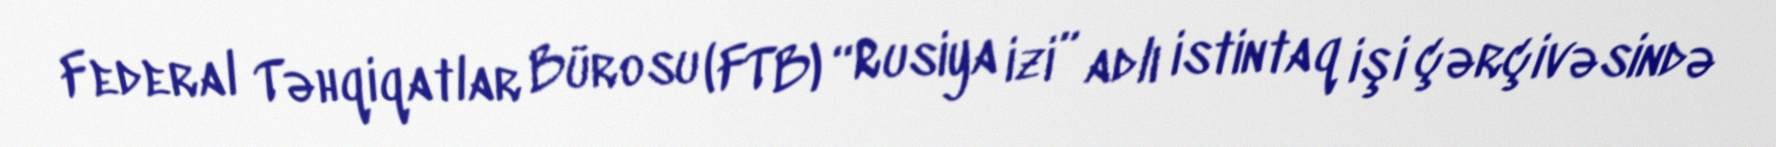
Federal Təhqiqatlar Bürosu (FTB) “Rusiya izi” adlı istintaq işi çərçivəsində